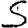
Digit: 5